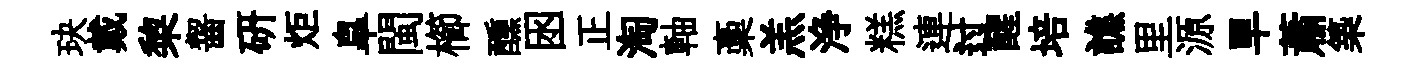
玦戴棃齧研炬臯閩櫛醺囦正淘軸稾羔浄糕連过醒培譙里源旱蕭築